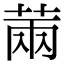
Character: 䓣